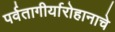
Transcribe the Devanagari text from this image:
पर्वतागीर्यारोहानाचे